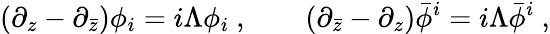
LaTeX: (\partial_{z}-\partial_{\bar{z}})\phi_{i}=i\Lambda\phi_{i}\ ,\qquad(\partial_{\bar{z}}-\partial_{z})\bar{\phi}^{i}=i\Lambda\bar{\phi}^{i}\ ,